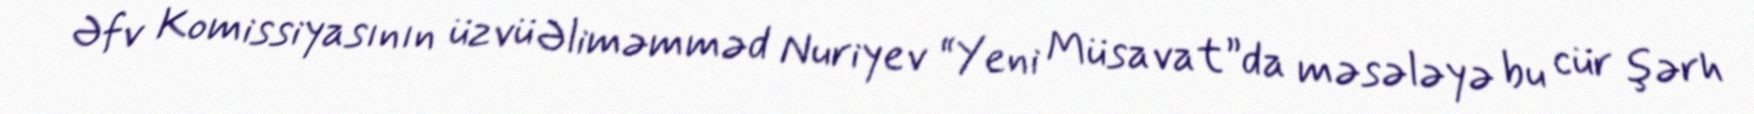
Əfv Komissiyasının üzvü Əliməmməd Nuriyev “Yeni Müsavat”da məsələyə bu cür şərh